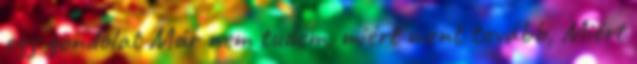
egy gondolat Már nem tudom, miért ment tovább, Miért